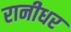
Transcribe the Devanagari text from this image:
रानीधर